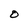
Character: O